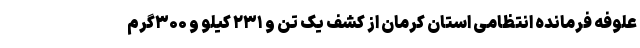
علوفه فرمانده انتظامی استان کرمان از کشف یک تن و ۲۳۱ کیلو و ۳۰۰گرم